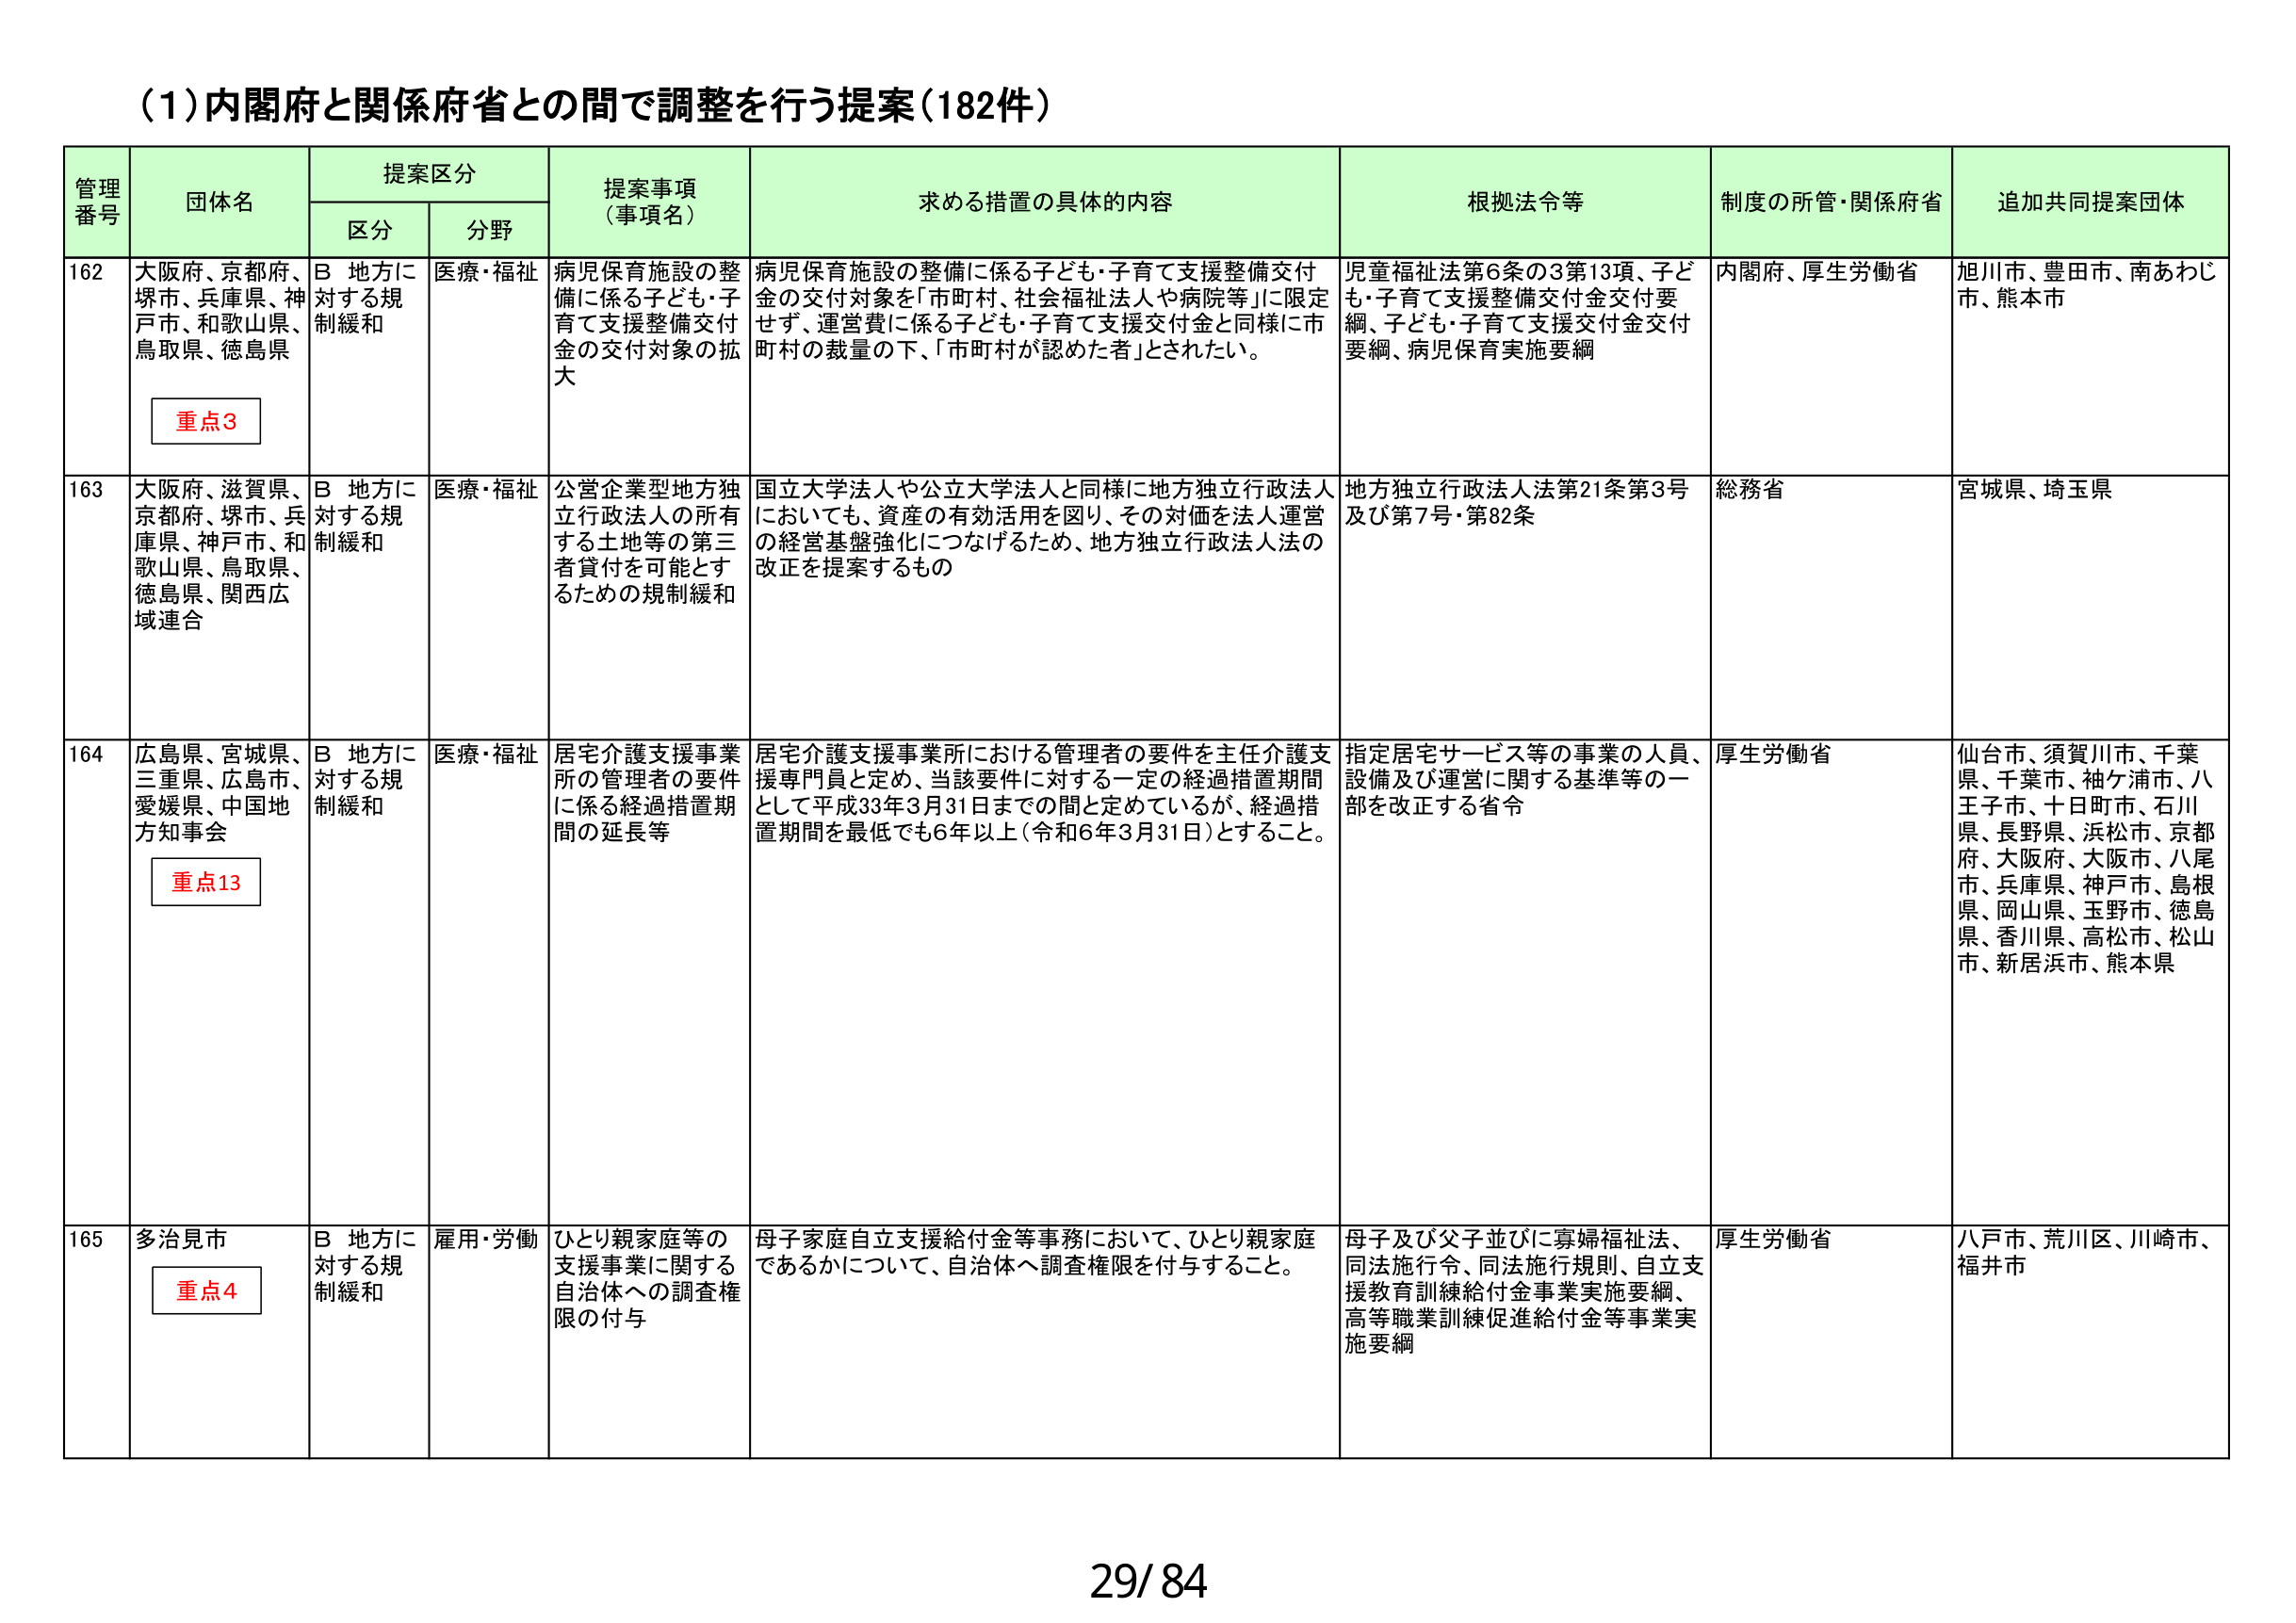
(1)内閣府と関係府省との間で調整を行う提案(182件)

管理番号 団体名 提案区分 提案事項（事項名） 求める措置の具体的な内容 根拠法令等 制度の所管・関係府省 追加共同提案団体
区分 分野

162 大阪府、京都府、堺市、兵庫県、神戸市、和歌山県、鳥取県、徳島県 重点3 B 地方に対する規制緩和 医療・福祉 病児保育施設の整備に係る子ども・子育て支援整備交付金の交付対象の拡大 病児保育施設の整備に係る子ども・子育て支援整備交付金の交付対象を「市町村、社会福祉法人や病院等」に限定せず、運営費に係る子ども・子育て支援交付金と同様に市町村の裁量の下、「市町村が認めた者」とされたい。 児童福祉法第6条の3第13項、子ども・子育て支援整備交付金交付要綱、子ども・子育て支援交付金交付要綱、病児保育実施要綱 内閣府、厚生労働省 旭川市、豊田市、南あわじ市、熊本市

163 大阪府、滋賀県、京都府、堺市、兵庫県、神戸市、和歌山県、鳥取県、徳島県、関西広域連合 B 地方に対する規制緩和 医療・福祉 公営企業型地方独立行政法人の所有する土地等の第三者貸付を可能とするための規制緩和 国立大学法人や公立大学法人と同様に地方独立行政法人においても、資産の有効活用を図り、その対価を法人運営の経営基盤強化につなげるため、地方独立行政法人法の改正を提案するもの 地方独立行政法人法第21条第3号及び第7号・第82条 総務省 宮城県、埼玉県

164 広島県、宮城県、三重県、広島市、愛媛県、中国地方知事会 重点13 B 地方に対する規制緩和 医療・福祉 居宅介護支援事業所の管理者の要件に係る経過措置期間の延長等 居宅介護支援事業所における管理者の要件を主任介護支援専門員と定め、当該要件に対する一定の経過措置期間として平成33年3月31日までの間と定めているが、経過措置期間を最低でも6年以上（令和6年3月31日）とすること。 指定居宅サービス等の事業の人員、設備及び運営に関する基準等の一部を改正する省令 厚生労働省 仙台市、須賀川市、千葉県、千葉市、袖ケ浦市、八王子市、十日町市、石川県、長野県、浜松市、京都府、大阪府、大阪市、八尾市、兵庫県、神戸市、島根県、岡山県、玉野市、徳島県、香川県、高松市、松山市、新居浜市、熊本県

165 多治見市 重点4 B 地方に対する規制緩和 雇用・労働 ひとり親家庭等の支援事業に関する自治体への調査権限の付与 母子家庭自立支援給付金等事務において、ひとり親家庭であるかについて、自治体へ調査権限を付与すること。 母子及び父子並びに寡婦福祉法、同法施行令、同法施行規則、自立支援教育訓練給付金事業実施要綱、高等職業訓練促進給付金等事業実施要綱 厚生労働省 八戸市、荒川区、川崎市、福井市

29/84